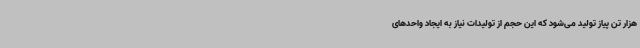
هزار تن پیاز تولید می‌شود که این حجم از تولیدات نیاز به ایجاد واحدهای